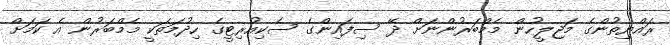
ރައްޔިތުންގެ މަޖިލީހުން މެމްބަރުންނަށް ދޭ ސިފައިންގެ ސެކިއުރިޓީގެ ހިދުމަތަކީ މެމްބަރުން އެ ކަމަށް